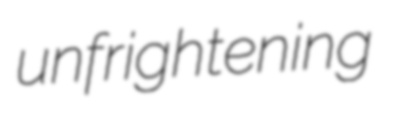
unfrightening